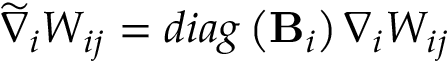
\widetilde { \nabla } _ { i } W _ { i j } = d i a g \left( \mathbf { B } _ { i } \right) \nabla _ { i } W _ { i j }